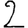
Digit: 2